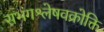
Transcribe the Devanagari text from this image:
सभंगश्लेषवक्रोक्ति